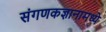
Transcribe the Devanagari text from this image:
संगणकज्ञानामध्ये